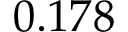
0 . 1 7 8